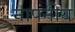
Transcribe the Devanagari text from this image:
नापनीय